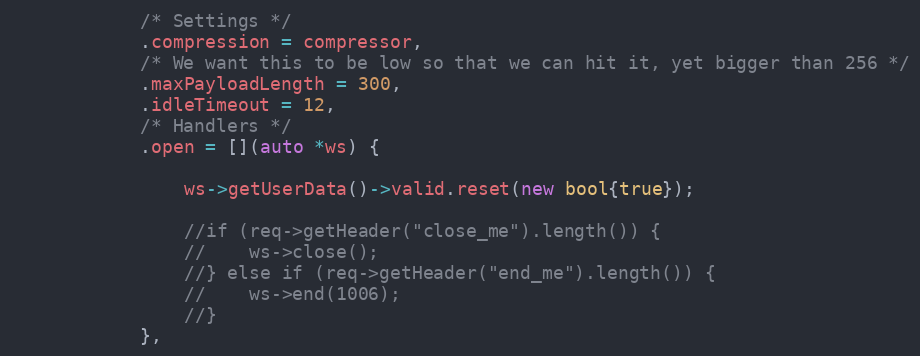
Language: C++
            /* Settings */
            .compression = compressor,
            /* We want this to be low so that we can hit it, yet bigger than 256 */
            .maxPayloadLength = 300,
            .idleTimeout = 12,
            /* Handlers */
            .open = [](auto *ws) {

                ws->getUserData()->valid.reset(new bool{true});

                //if (req->getHeader("close_me").length()) {
                //    ws->close();
                //} else if (req->getHeader("end_me").length()) {
                //    ws->end(1006);
                //}
            },